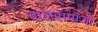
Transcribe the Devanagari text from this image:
बालसमाजों